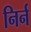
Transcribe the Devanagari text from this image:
निर्न